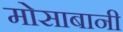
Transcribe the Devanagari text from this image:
मोसाबानी